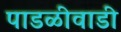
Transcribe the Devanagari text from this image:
पाडळीवाडी